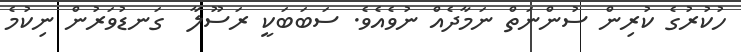
ހުކުރުގެ ކުރިން ސުންނަތް ނަމާދެއް ނުވެއެވެ. ސަބަބަކީ ރަސޫލާ  ގަނޑުވަރުން ނިކުމެ